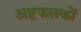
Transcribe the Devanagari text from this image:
अष्टफलकों